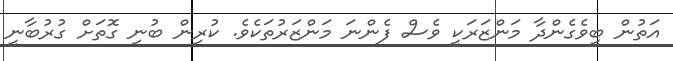
އަތުން ބީވެގެންދާ މަންޒަރަކީ ވެސް ފެންނަ މަންޒަރުތަކެވެ. ކުރިން ބުނި ގޮތަށް ގުރުބާނީ